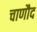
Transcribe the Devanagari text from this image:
चाणौद